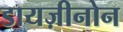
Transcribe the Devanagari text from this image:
डायज़ीनोन